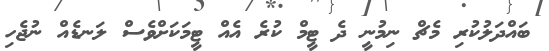
ބައްދަލުކުރި މެޗް ނިމުނީ ދެ ޓީމް ކުރެ އެއް ޓީމަކަށްވެސް ލަނޑެއް ނުޖެހި